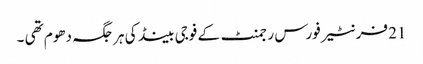
21 فرنٹیر فورس رجمنٹ کے فوجی بینڈ کی ہر جگہ دھوم تھی ۔